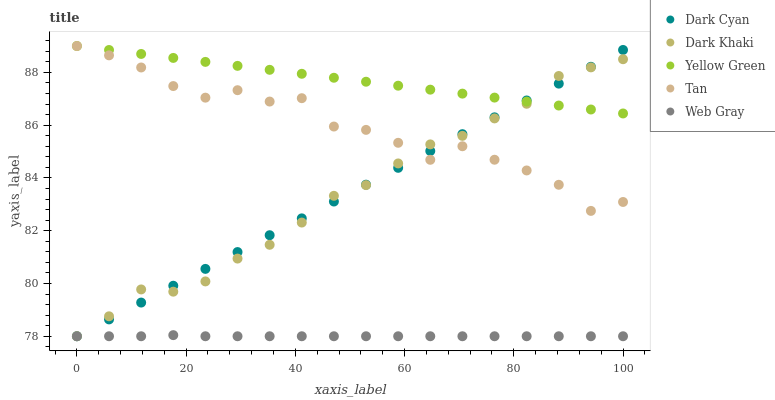
| xaxis_label | Dark Cyan | Dark Khaki | Yellow Green | Tan | Web Gray |
 | --- | --- | --- | --- | --- | --- |
 | 0 | 78 | 78 | 89 | 89 | 78 |
 | 5.88 | 78.6 | 78.8 | 88.8 | 88.6 | 78 |
 | 11.8 | 79.3 | 79.8 | 88.7 | 88.2 | 78 |
 | 17.6 | 79.9 | 79.7 | 88.5 | 87.5 | 78 |
 | 23.5 | 80.6 | 80.1 | 88.4 | 87 | 78 |
 | 29.4 | 81.2 | 80.9 | 88.2 | 87.3 | 78 |
 | 35.3 | 81.8 | 81.5 | 88.1 | 86.9 | 78 |
 | 41.2 | 82.5 | 82.3 | 87.9 | 87 | 78 |
 | 47.1 | 83.1 | 83.3 | 87.8 | 85.9 | 78 |
 | 52.9 | 83.7 | 83.7 | 87.6 | 85.8 | 78 |
 | 58.8 | 84.4 | 84.5 | 87.5 | 85.3 | 78 |
 | 64.7 | 85 | 85.3 | 87.3 | 84.7 | 78 |
 | 70.6 | 85.7 | 85.6 | 87.2 | 85.2 | 78 |
 | 76.5 | 86.3 | 86.3 | 87 | 84.7 | 78 |
 | 82.4 | 86.9 | 86.8 | 86.9 | 84.3 | 78 |
 | 88.2 | 87.6 | 87.9 | 86.7 | 83.7 | 78 |
 | 94.1 | 88.2 | 88.2 | 86.6 | 82.8 | 78 |
 | 100 | 88.9 | 88.5 | 86.4 | 83.1 | 78 |